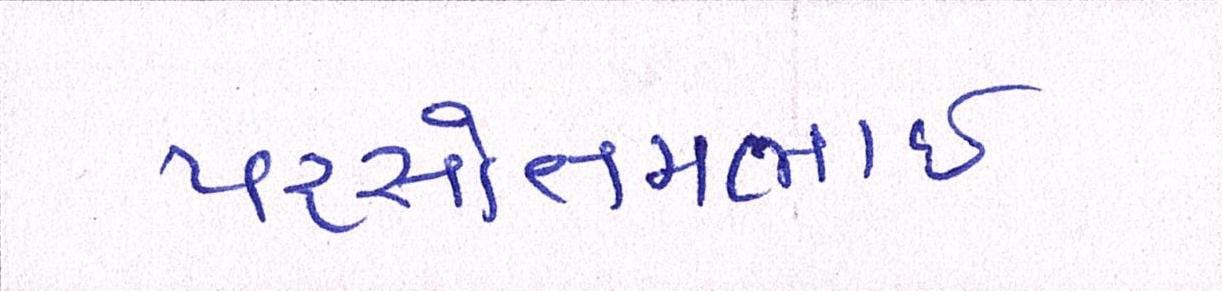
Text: પરસોત્તમભાઈ